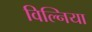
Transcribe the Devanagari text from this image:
विल्निया